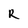
Character: R